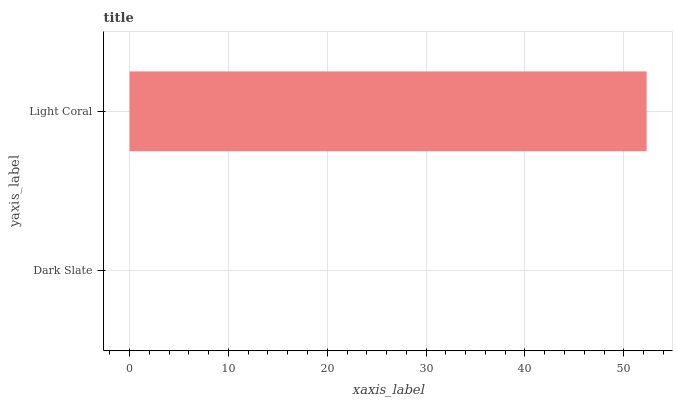
| yaxis_label | bars |
 | --- | --- |
 | Dark Slate | 0 |
 | Light Coral | 52.3 |